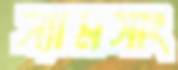
স্যামসাং